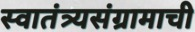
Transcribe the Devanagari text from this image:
स्वातंत्र्यसंग्रामाची